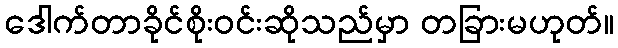
ဒေါက်တာခိုင်စိုးဝင်းဆိုသည်မှာ တခြားမဟုတ်။